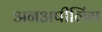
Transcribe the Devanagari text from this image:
अनअपीलिंग